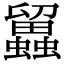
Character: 𧔳